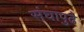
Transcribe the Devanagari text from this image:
संघापुढे